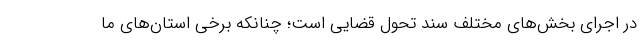
در اجرای بخش‌های مختلف سند تحول قضایی است؛ چنانکه برخی استان‌های ما